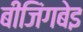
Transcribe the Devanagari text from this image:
बीजिंगबेइ